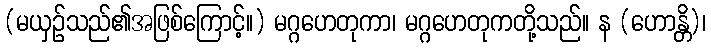
(မယှဉ်သည်၏အဖြစ်ကြောင့်။) မဂ္ဂဟေတုကာ၊ မဂ္ဂဟေတုကတို့သည်။ န (ဟောန္တိ)၊